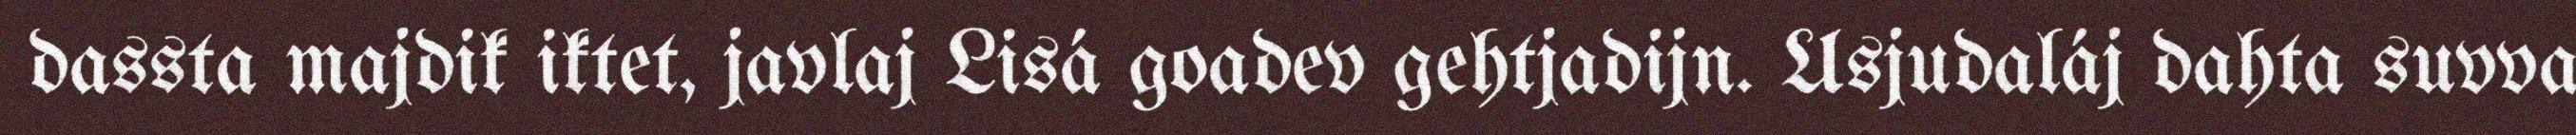
dassta majdik iktet, javlaj Lisá goadev gehtjadijn. Usjudaláj dahta suvva